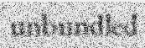
unbundled